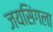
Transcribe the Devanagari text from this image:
जयसिंगला